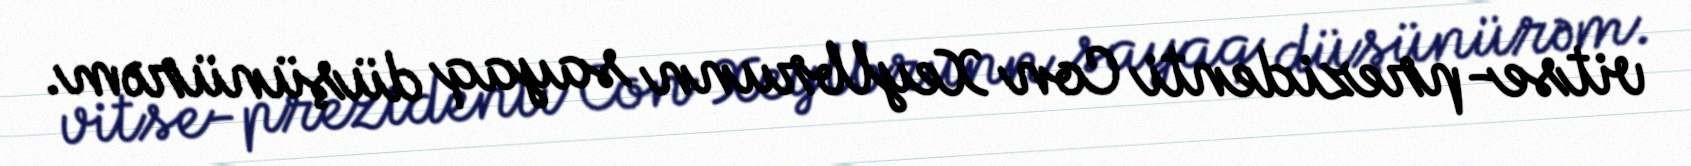
vitse-prezidenti Con Xeylbrunn sayaq düşünürəm.